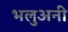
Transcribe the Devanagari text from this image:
भलुअनी